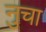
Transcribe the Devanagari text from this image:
नुचा